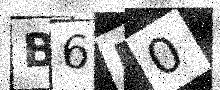
Text: B6P0